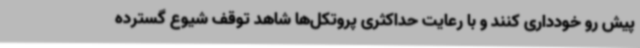
پیش رو خودداری کنند و با رعایت حداکثری پروتکل‌ها شاهد توقف شیوع گسترده